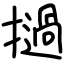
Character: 撾